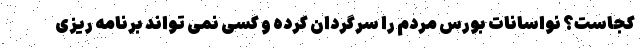
کجاست؟ نواسانات بورس مردم را سرگردان کرده و کسی نمی تواند برنامه ریزی